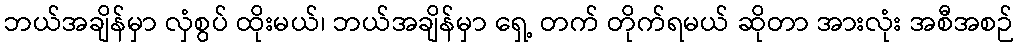
ဘယ်အချိန်မှာ လှံစွပ် ထိုးမယ်၊ ဘယ်အချိန်မှာ ရှေ့ တက် တိုက်ရမယ် ဆိုတာ အားလုံး အစီအစဉ်